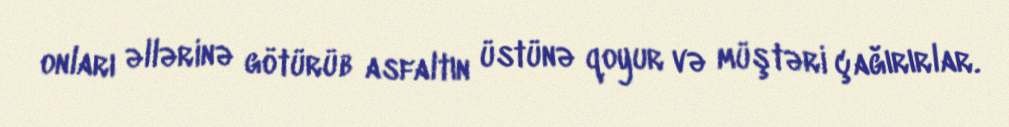
onları əllərinə götürüb asfaltın üstünə qoyur və müştəri çağırırlar.